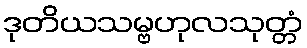
ဒုတိယသမ္ဗဟုလသုတ္တံ